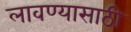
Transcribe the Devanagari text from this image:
लावण्‍यासाठी